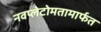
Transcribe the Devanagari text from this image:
नवप्लेटोमतामार्फत